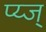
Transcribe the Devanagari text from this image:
प्य्ज्